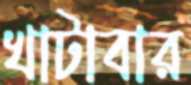
খাটাবার